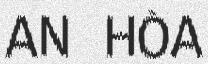
AN HÒA